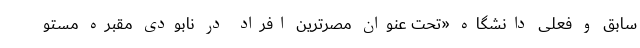
سابق و فعلی دانشگاه «تحت عنوان مصرترین افراد در نابودی مقبره مستو